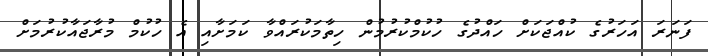
ފަނަރަ އަހަރުގެ ކުއްޖަކަށް ހައްދުގެ ހުކުމްކުރުމުން ހިތާމަކުރައްވާ ކަމަށާއި އެ ހުކުމް މުރާޖައާކުރުމަށް